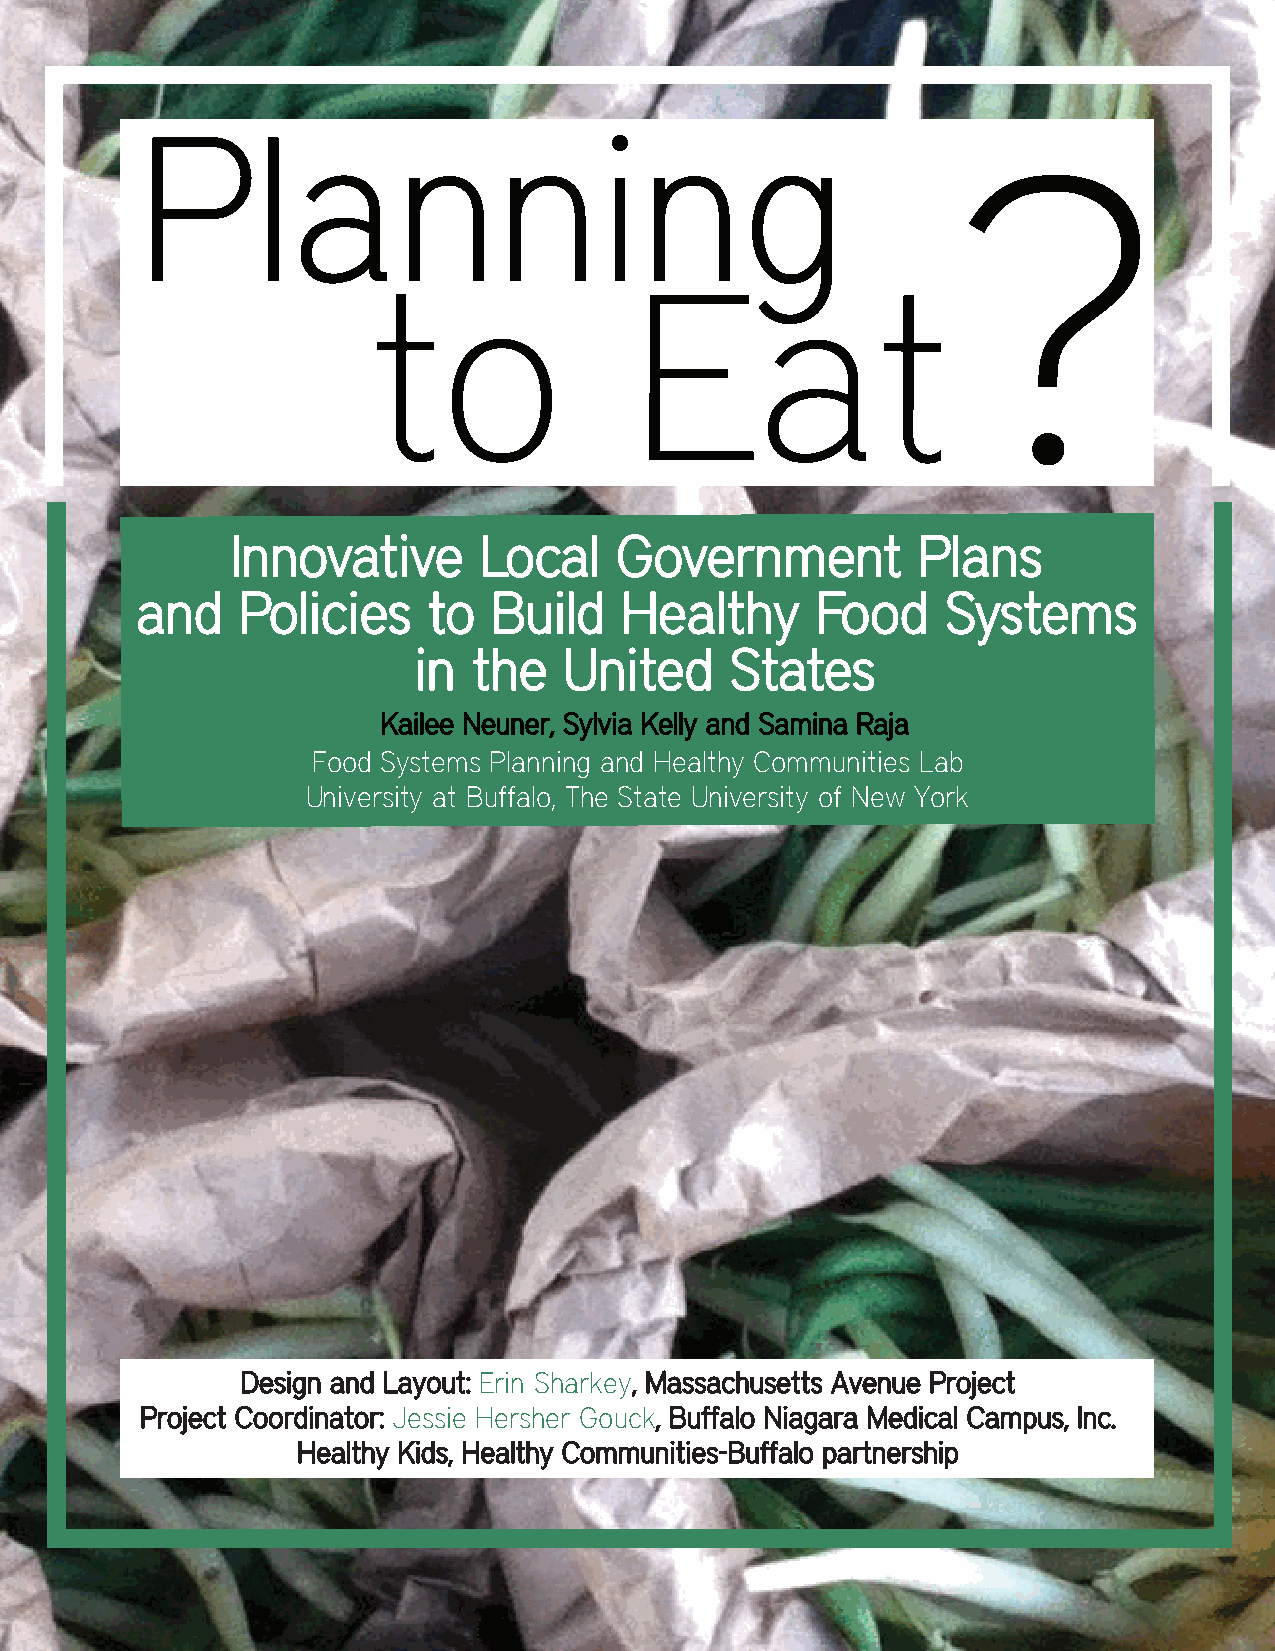
Planning
 ?
 to                Eat
 Innovative       Local    Government          Plans
 and    Policies    to   Build   Healthy      Food     Systems
 in  the   United     States
 Kailee Neuner, Sylvia Kelly and Samina Raja
 Food Systems Planning and Healthy Communities Lab
 University at Buffalo, The State University of New York
 Design and Layout: Erin Sharkey, Massachusetts Avenue Project
 Project Coordinator: Jessie Hersher Gouck, Buffalo Niagara Medical Campus, Inc.
 Healthy Kids, Healthy Communities-Buffalo partnership